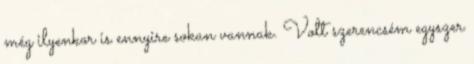
még ilyenkor is ennyire sokan vannak. Volt szerencsém egyszer